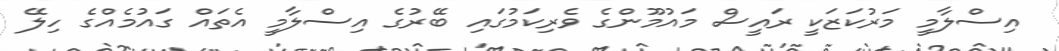
އިސްލާމީ މަރުކަޒަކީ ރައީސް މައުމޫންގެ ވެރިކަމުގައި ބޭރުގެ އިސްލާމީ އެތައް ގައުމެއްގެ ހިލޭ